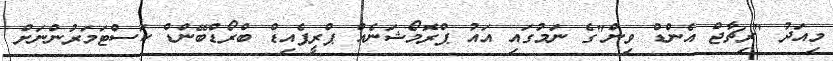
މިއަދު "ރިޗާޖް އެންޑް ވިން"ގެ ނަމުގައި އައު ޕްރޮމޯޝަނެއް ޕްރީޕެއިޑް ބްރޯޑްބޭންޑް ކަސްޓަމަރުންނަށް